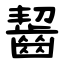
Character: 齧